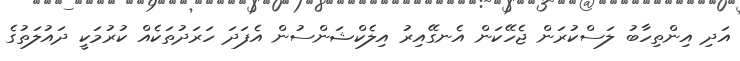
އަދި އިންތިހާބު ލަސްކުރަން ޖެހޭކަން އެނގޭއިރު އިލެކްޝަންސުން އެފަދަ ހަރަދުތަކެއް ކުރުމަކީ ދައުލަތުގެ